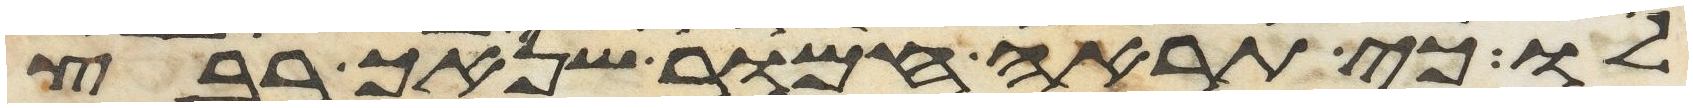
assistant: לו כי תראה חמור שנאך רבץ